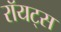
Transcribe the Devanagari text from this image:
रॉयट्स